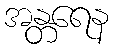
အန္တရေန